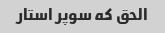
الحق که سوپر استار